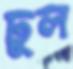
ঢুল